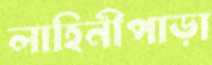
লাহিনীপাড়া